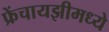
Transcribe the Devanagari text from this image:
फ्रेंचायझीमध्ये